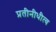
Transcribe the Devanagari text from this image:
प्रतीनीधीत्व